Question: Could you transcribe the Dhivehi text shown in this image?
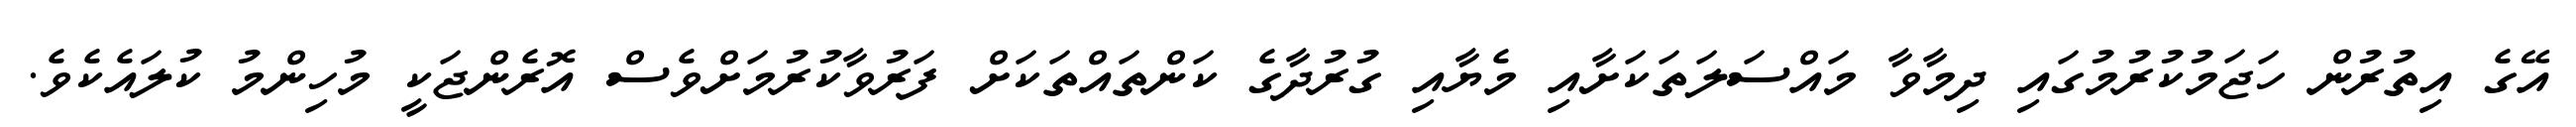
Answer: އޭގެ އިތުރުން ހަޖަމުކުރުމުގައި ދިމާވާ މައްސަލަތަކަށާއި މެޔާއި ގުރުދާގެ ކަންތައްތަކަށް ފަރުވާކުރުމަށްވެސް އޮރެންޖަކީ މުހިންމު ކުލައެކެވެ.